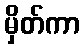
မှိတ်ကာ